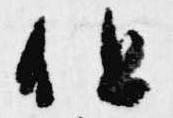
但